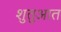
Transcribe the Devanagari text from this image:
शुतुआत